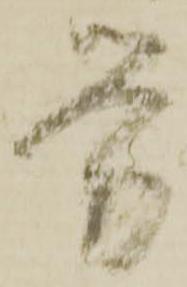
労